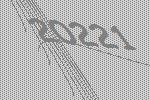
20221